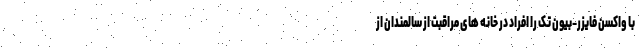
با واکسن فایزر-بیون تک را افراد در خانه های مراقبت از سالمندان از